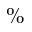
\%